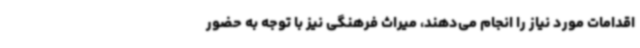
اقدامات مورد نیاز را انجام می‌دهند، میراث فرهنگی نیز با توجه به حضور